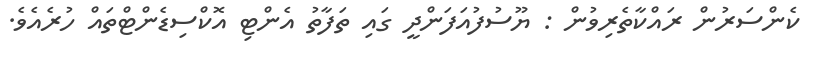
ކެންސަރުން ރައްކާތެރިވުން : ޔޫސުފުއަފަންދީ ގައި ތަފާތު އެންޓި އޮކްސިޑެންޓްތައް ހުރެއެވެ.